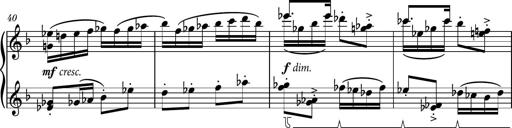
Title: Piano Sonatina No.1
Composer: Dimitri Sykias
Key: D minor